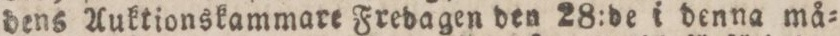
dens Auktionskammare Fredagen den 28:de i denna må=